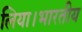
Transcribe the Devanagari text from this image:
लिया।भारतीय